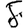
Digit: 8